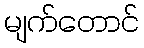
မျက်တောင်